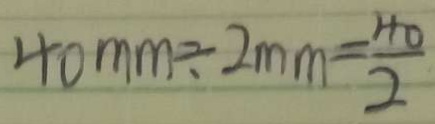
4 0 m m \div 2 m m = \frac { 4 0 } { 2 }